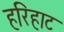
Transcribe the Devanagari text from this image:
हरिहाट